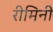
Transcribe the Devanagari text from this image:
रीमिनी